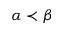
\alpha \prec \beta